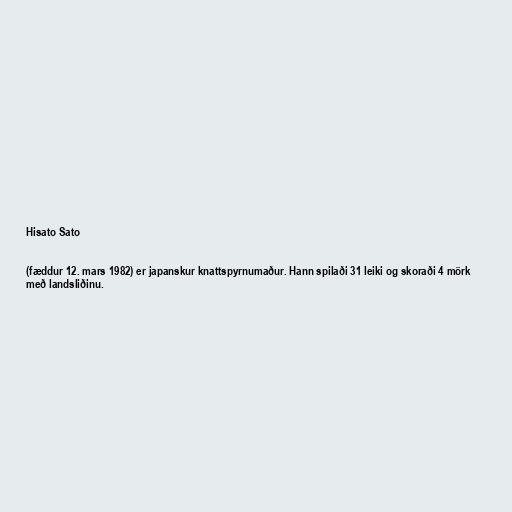
Hisato Sato

(fæddur 12. mars 1982) er japanskur knattspyrnumaður. Hann spilaði 31 leiki og skoraði 4 mörk
með landsliðinu.